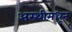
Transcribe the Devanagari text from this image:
अस्थीमधून